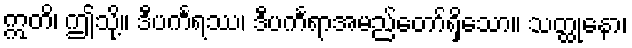
ဣတိ၊ ဤသို့။ ဒီပင်္ကရဿ၊ ဒီပင်္ကရာအမည်တော်ရှိသော။ သတ္ထုနော၊